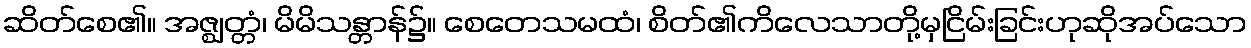
ဆိတ်စေ၏။ အဇ္ဈတ္တံ၊ မိမိသန္တာန်၌။ စေတေသမထံ၊ စိတ်၏ကိလေသာတို့မှငြိမ်းခြင်းဟုဆိုအပ်သော